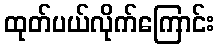
ထုတ်ပယ်လိုက်ကြောင်း